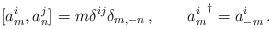
LaTeX: \begin{align*}[a_m^i,a_n^j]=m\delta^{ij}\delta_{m,-n}\,,\qquad {a_m^i}^\dagger=a^i_{-m}\,.\end{align*}